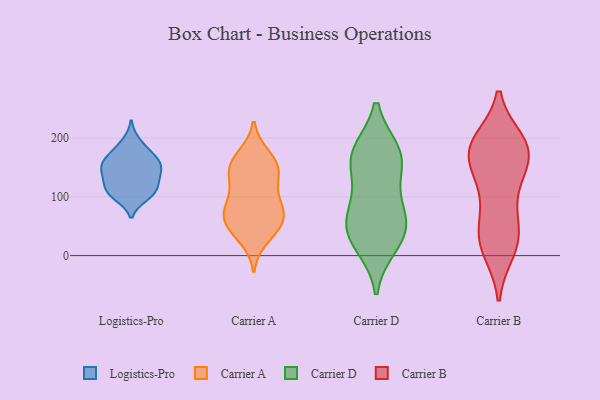
{"axis": {"x": "Active Users", "y": "Value"}, "legend": ["Carrier A", "Carrier B", "Carrier D", "Logistics-Pro"], "data": [{"x": "", "y": 163, "type": "Logistics-Pro"}, {"x": "", "y": 194, "type": "Logistics-Pro"}, {"x": "", "y": 101, "type": "Logistics-Pro"}, {"x": "", "y": 164, "type": "Logistics-Pro"}, {"x": "", "y": 111, "type": "Logistics-Pro"}, {"x": "", "y": 151, "type": "Logistics-Pro"}, {"x": "", "y": 142, "type": "Logistics-Pro"}, {"x": "", "y": 124, "type": "Logistics-Pro"}, {"x": "", "y": 178, "type": "Logistics-Pro"}, {"x": "", "y": 132, "type": "Logistics-Pro"}, {"x": "", "y": 105, "type": "Logistics-Pro"}, {"x": "", "y": 160, "type": "Logistics-Pro"}, {"x": "", "y": 108, "type": "Logistics-Pro"}, {"x": "", "y": 143, "type": "Logistics-Pro"}, {"x": "", "y": 58, "type": "Carrier A"}, {"x": "", "y": 147, "type": "Carrier A"}, {"x": "", "y": 138, "type": "Carrier A"}, {"x": "", "y": 96, "type": "Carrier A"}, {"x": "", "y": 148, "type": "Carrier A"}, {"x": "", "y": 168, "type": "Carrier A"}, {"x": "", "y": 66, "type": "Carrier A"}, {"x": "", "y": 70, "type": "Carrier A"}, {"x": "", "y": 171, "type": "Carrier A"}, {"x": "", "y": 149, "type": "Carrier A"}, {"x": "", "y": 82, "type": "Carrier A"}, {"x": "", "y": 50, "type": "Carrier A"}, {"x": "", "y": 67, "type": "Carrier A"}, {"x": "", "y": 95, "type": "Carrier A"}, {"x": "", "y": 124, "type": "Carrier A"}, {"x": "", "y": 39, "type": "Carrier A"}, {"x": "", "y": 29, "type": "Carrier A"}, {"x": "", "y": 175, "type": "Carrier D"}, {"x": "", "y": 38, "type": "Carrier D"}, {"x": "", "y": 57, "type": "Carrier D"}, {"x": "", "y": 169, "type": "Carrier D"}, {"x": "", "y": 71, "type": "Carrier D"}, {"x": "", "y": 172, "type": "Carrier D"}, {"x": "", "y": 38, "type": "Carrier D"}, {"x": "", "y": 99, "type": "Carrier D"}, {"x": "", "y": 157, "type": "Carrier D"}, {"x": "", "y": 19, "type": "Carrier D"}, {"x": "", "y": 39, "type": "Carrier B"}, {"x": "", "y": 10, "type": "Carrier B"}, {"x": "", "y": 151, "type": "Carrier B"}, {"x": "", "y": 170, "type": "Carrier B"}, {"x": "", "y": 125, "type": "Carrier B"}, {"x": "", "y": 75, "type": "Carrier B"}, {"x": "", "y": 178, "type": "Carrier B"}, {"x": "", "y": 15, "type": "Carrier B"}, {"x": "", "y": 180, "type": "Carrier B"}, {"x": "", "y": 182, "type": "Carrier B"}, {"x": "", "y": 29, "type": "Carrier B"}, {"x": "", "y": 186, "type": "Carrier B"}, {"x": "", "y": 36, "type": "Carrier B"}, {"x": "", "y": 112, "type": "Carrier B"}, {"x": "", "y": 193, "type": "Carrier B"}, {"x": "", "y": 187, "type": "Carrier B"}]}